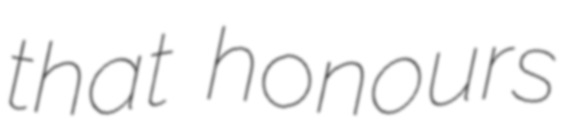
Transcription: that honours